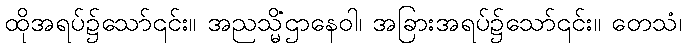
ထိုအရပ်၌သော်၎င်း။ အညသ္မိံဌာနေဝါ၊ အခြားအရပ်၌သော်၎င်း။ တေသံ၊